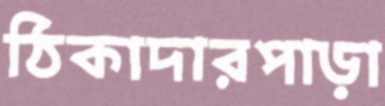
ঠিকাদারপাড়া